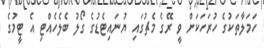
ހަމަލާތަކުގެ ހުރަހަކަށް ވީ ރޭގެ މެޗުގައި ޔުނައިޓެޑުގެ ގޯލު ބެލެހެއްޓި އެ ޓީމުގެ